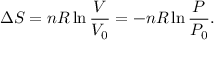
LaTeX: \Delta S = n R \ln { \frac { V } { V _ { 0 } } } = - n R \ln { \frac { P } { P _ { 0 } } } .